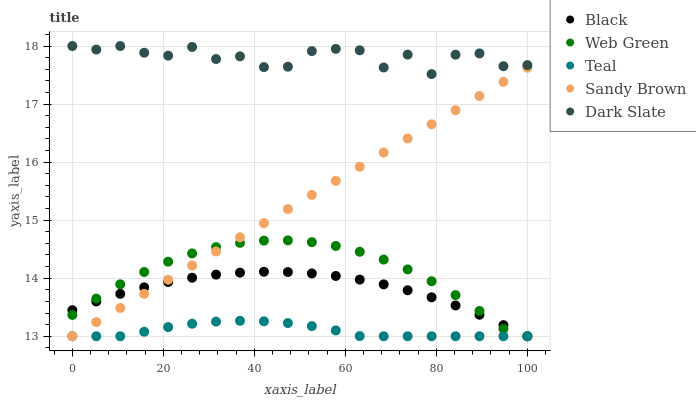
| xaxis_label | Black | Web Green | Teal | Sandy Brown | Dark Slate |
 | --- | --- | --- | --- | --- | --- |
 | 0 | 13.4 | 13.4 | 13 | 13 | 18 |
 | 5.26 | 13.6 | 13.6 | 13 | 13.2 | 17.9 |
 | 10.5 | 13.7 | 13.9 | 13 | 13.5 | 18 |
 | 15.8 | 13.8 | 14.1 | 13.1 | 13.7 | 17.9 |
 | 21.1 | 13.9 | 14.3 | 13.2 | 14 | 17.8 |
 | 26.3 | 14 | 14.4 | 13.2 | 14.2 | 18 |
 | 31.6 | 14.1 | 14.5 | 13.3 | 14.5 | 17.8 |
 | 36.8 | 14.1 | 14.6 | 13.3 | 14.7 | 17.8 |
 | 42.1 | 14.1 | 14.6 | 13.3 | 14.9 | 17.6 |
 | 47.4 | 14.1 | 14.7 | 13.2 | 15.2 | 17.6 |
 | 52.6 | 14.1 | 14.6 | 13.2 | 15.4 | 17.9 |
 | 57.9 | 14 | 14.6 | 13.1 | 15.7 | 18 |
 | 63.2 | 14 | 14.5 | 13 | 15.9 | 17.9 |
 | 68.4 | 13.9 | 14.3 | 13 | 16.2 | 17.6 |
 | 73.7 | 13.8 | 14.2 | 13 | 16.4 | 17.9 |
 | 78.9 | 13.7 | 13.9 | 13 | 16.7 | 17.5 |
 | 84.2 | 13.5 | 13.7 | 13 | 16.9 | 17.9 |
 | 89.5 | 13.4 | 13.4 | 13 | 17.1 | 17.9 |
 | 94.7 | 13.2 | 13.1 | 13 | 17.4 | 17.7 |
 | 100 | 13 | 13 | 13 | 17.6 | 17.7 |